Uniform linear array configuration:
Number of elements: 48
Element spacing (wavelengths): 0.25
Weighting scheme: binomial
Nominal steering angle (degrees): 0
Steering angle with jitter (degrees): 0.6715
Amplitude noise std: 0.05
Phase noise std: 0.05

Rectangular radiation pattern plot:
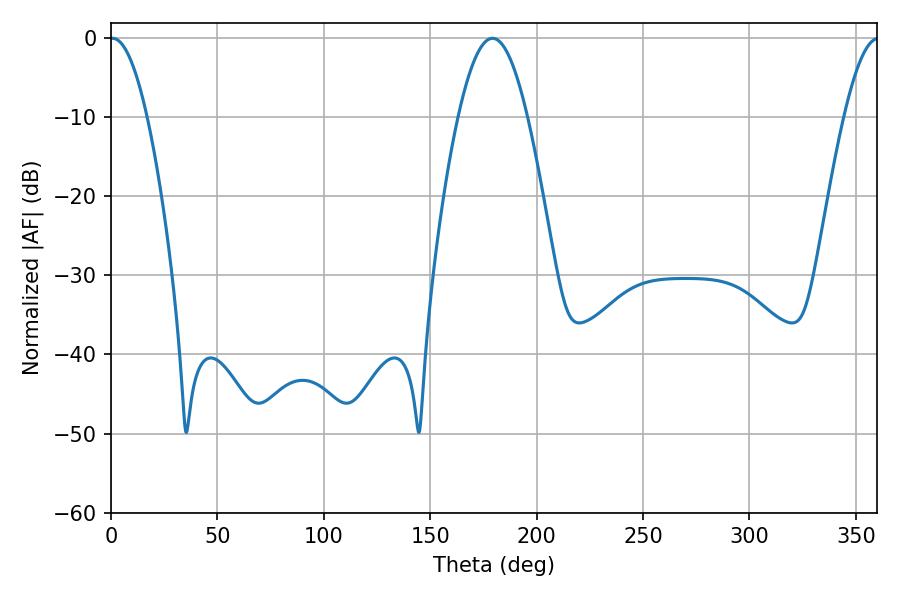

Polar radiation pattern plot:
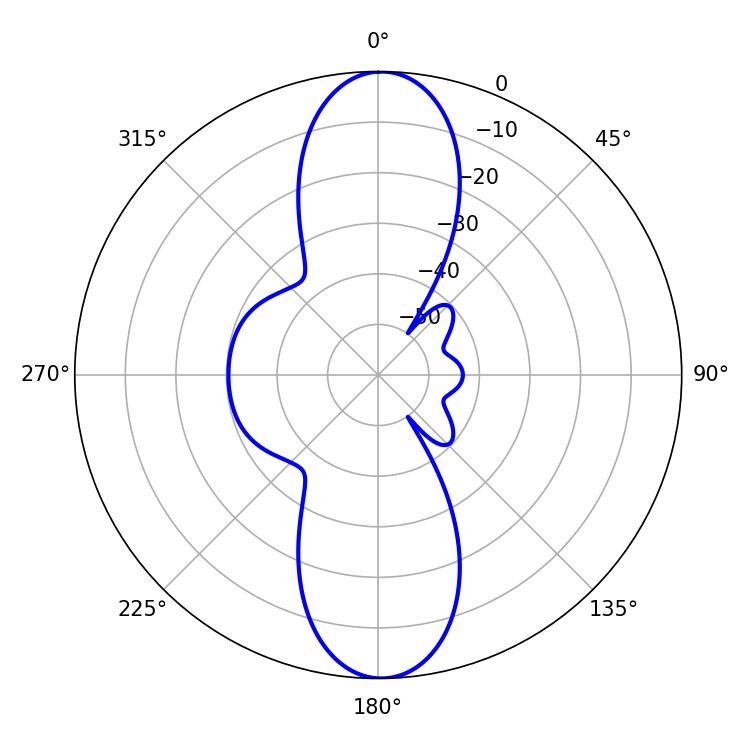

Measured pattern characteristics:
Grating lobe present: FALSE
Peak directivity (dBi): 24.947
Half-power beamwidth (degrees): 9.54
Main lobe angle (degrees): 0.72